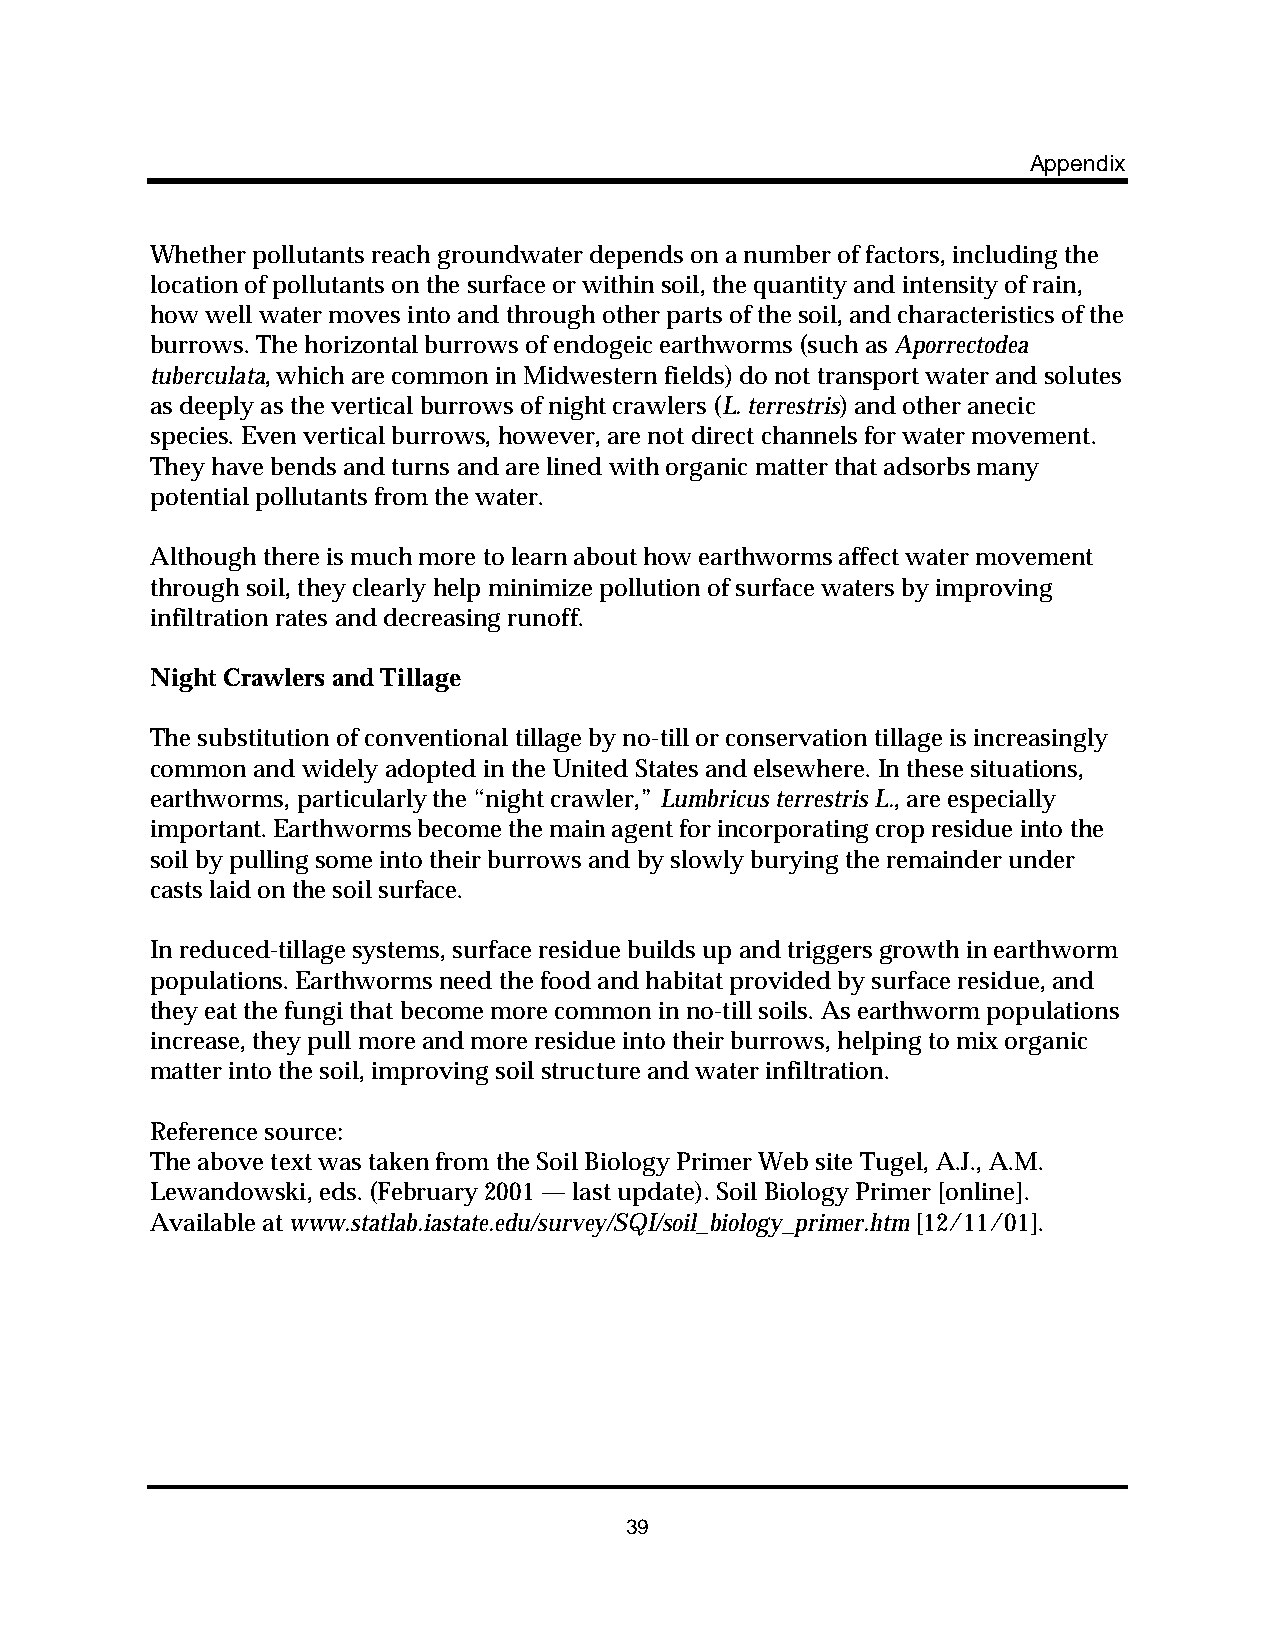
Appendix
 Whether pollutants reach groundwater depends on a number of factors, including the
 location of pollutants on the surface or within soil, the quantity and intensity of rain,
 how well water moves into and through other parts of the soil, and characteristics of the
 burrows. The horizontal burrows of endogeic earthworms (such as Aporrectodea
 tuberculata, which are common in Midwestern fields) do not transport water and solutes
 as deeply as the vertical burrows of night crawlers (L. terrestris) and other anecic
 species. Even vertical burrows, however, are not direct channels for water movement.
 They have bends and turns and are lined with organic matter that adsorbs many
 potential pollutants from the water.
 Although there is much more to learn about how earthworms affect water movement
 through soil, they clearly help minimize pollution of surface waters by improving
 infiltration rates and decreasing runoff.
 Night Crawlers and Tillage
 The substitution of conventional tillage by no-till or conservation tillage is increasingly
 common and widely adopted in the United States and elsewhere. In these situations,
 earthworms, particularly the “night crawler,” Lumbricus terrestris L., are especially
 important. Earthworms become the main agent for incorporating crop residue into the
 soil by pulling some into their burrows and by slowly burying the remainder under
 casts laid on the soil surface.
 In reduced-tillage systems, surface residue builds up and triggers growth in earthworm
 populations. Earthworms need the food and habitat provided by surface residue, and
 they eat the fungi that become more common in no-till soils. As earthworm populations
 increase, they pull more and more residue into their burrows, helping to mix organic
 matter into the soil, improving soil structure and water infiltration.
 Reference source:
 The above text was taken from the Soil Biology Primer Web site Tugel, A.J., A.M.
 Lewandowski, eds. (February 2001 — last update). Soil Biology Primer [online].
 Available at www.statlab.iastate.edu/survey/SQI/soil_biology_primer.htm [12/11/01].
 39